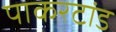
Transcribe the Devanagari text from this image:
पाकरटांड